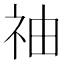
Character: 䄂